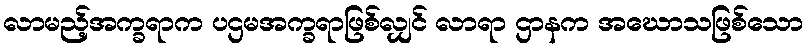
လာမည့်အက္ခရာက ပဌမအက္ခရာဖြစ်လျှင် လာရာ ဌာနက အဃောသဖြစ်သော